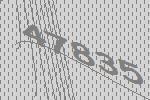
47835